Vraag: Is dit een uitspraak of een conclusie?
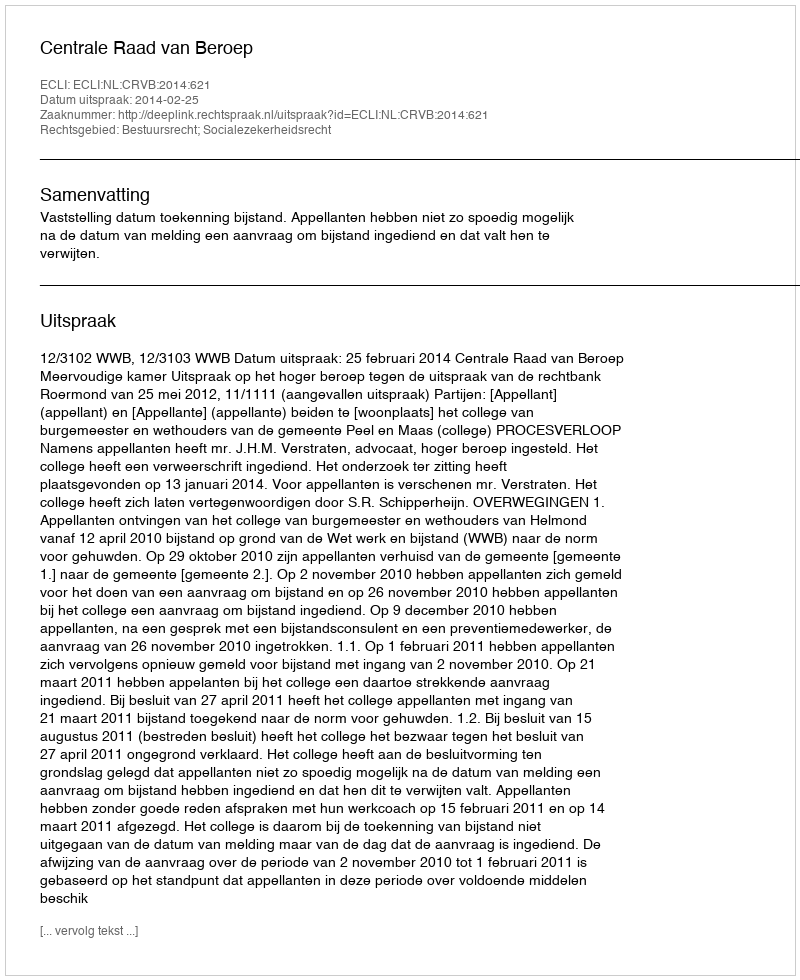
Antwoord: Uitspraak